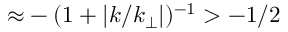
{ \approx } - ( 1 + | k / k _ { \perp } | ) ^ { - 1 } > - 1 / 2